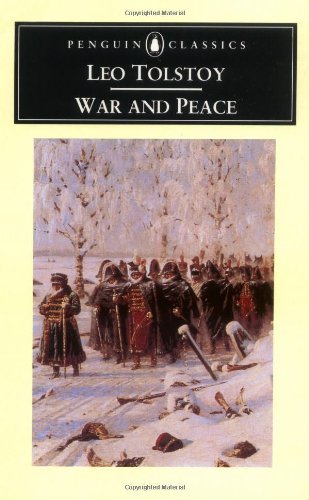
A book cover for War and Peace (Penguin Classics); Leo Tolstoy; Literature & Fiction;